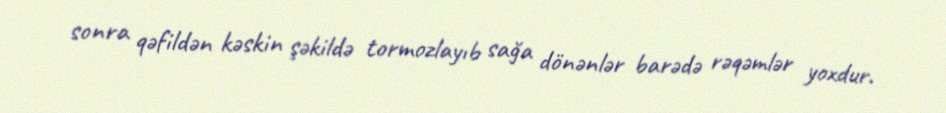
sonra qəfildən kəskin şəkildə tormozlayıb sağa dönənlər barədə rəqəmlər yoxdur.